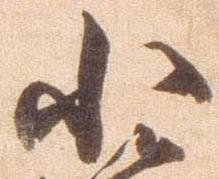
小